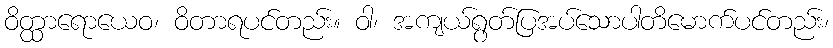
ဝိတ္ထာရောယေဝ၊ ဝိတာရပင်တည်း။ ဝါ၊ အကျယ်ရွတ်ပြအပ်သောပါတိမောက်ပင်တည်း၊